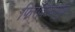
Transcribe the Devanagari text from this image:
फिरविल्यामुळे